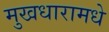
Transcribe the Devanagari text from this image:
मुखधारामधे